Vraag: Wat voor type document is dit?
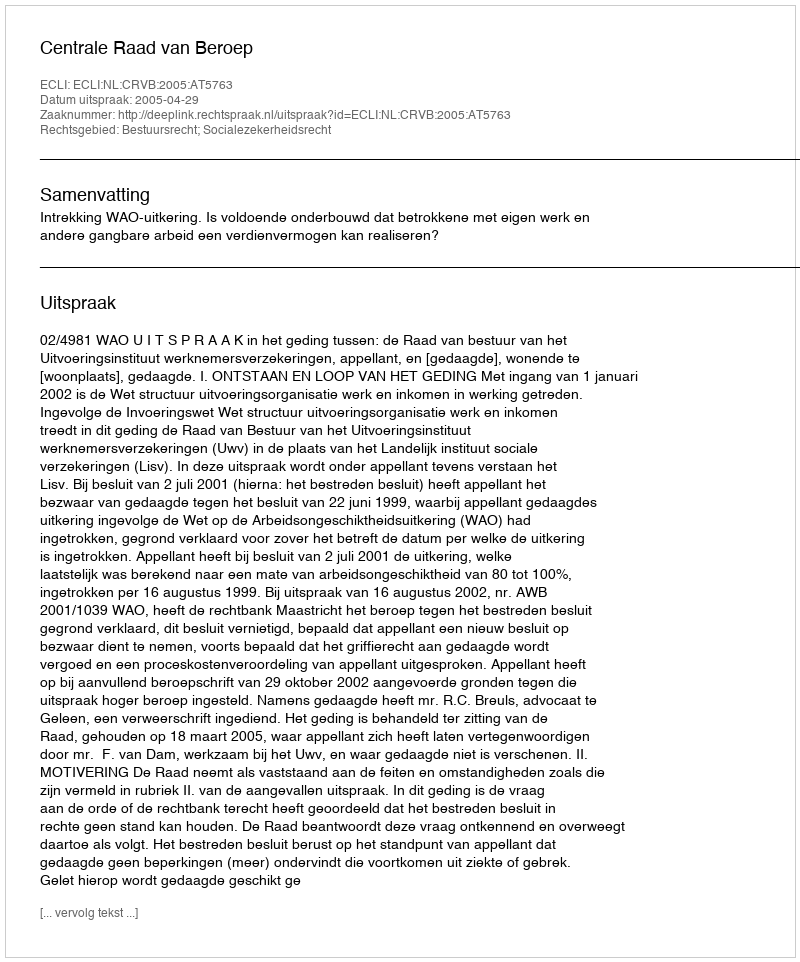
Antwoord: Uitspraak